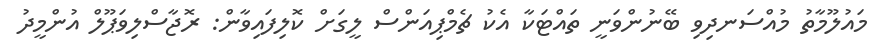
މައުލޫމާތު މުއްސަނދިވި ބޭނުންވަނީ ތައްޓަކާ އެކު ޗެމްޕިއަންސް ލީގަށް ކޮލިފައިވާން: ރޮޖާސްލިވަޕޫލް އުންމީދު